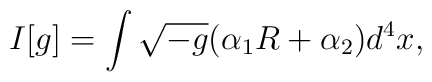
I[g]=\int \sqrt{-g}(\alpha _{1}R+\alpha _{2})d^{4}x,